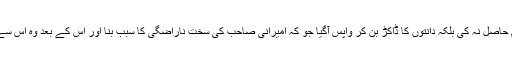
اس نے نہ صرف صحافت کی تعلیم حاصل نہ کی بلکہ دانتوں کا ڈاکڑ بن کر واپس آگیا جو کہ امیرانی صاحب کی سخت ناراضگی کا سبب بنا اور اس کے بعد وہ اس سے ہرگز خندہ پیشانی سے نہیں ملے۔